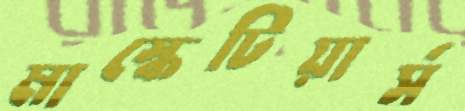
মাস্কেটিয়ার্স